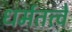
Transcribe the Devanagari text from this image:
धर्मतत्त्वे